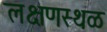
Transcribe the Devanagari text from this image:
लक्षणस्थळ